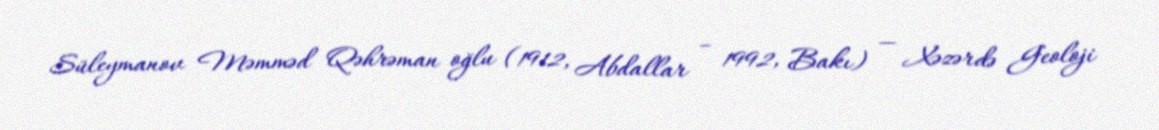
Süleymanov Məmməd Qəhrəman oğlu (1912, Abdallar – 1992, Bakı) — Xəzərdə Geoloji